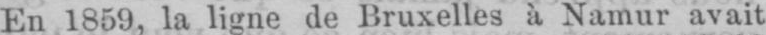
En 1859, la ligne de Bruxelles à Namur avait